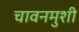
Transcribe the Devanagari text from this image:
चावनमुशी